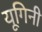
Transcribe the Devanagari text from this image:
यूगिनी